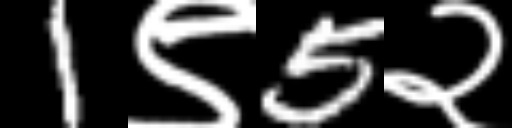
Text: 1९5२